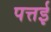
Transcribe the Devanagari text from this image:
पत्तई